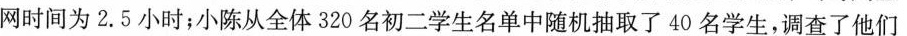
网时间为2.5小时；小陈从全体320名初二学生名单中随机抽取了40名学生，调查了他们